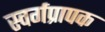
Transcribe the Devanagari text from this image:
स्वर्गप्रापक